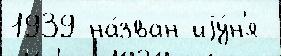
1939 на́зван иjу́н'я